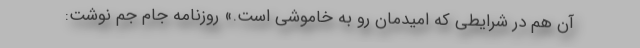
آن‌ هم در شرایطی که امیدمان رو به خاموشی است.» روزنامه جام جم نوشت: